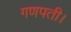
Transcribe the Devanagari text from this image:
गणपती।